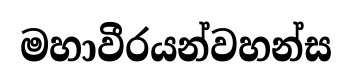
මහාවීරයන්වහන්ස